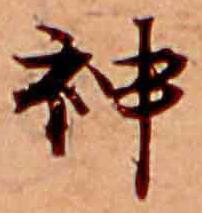
神